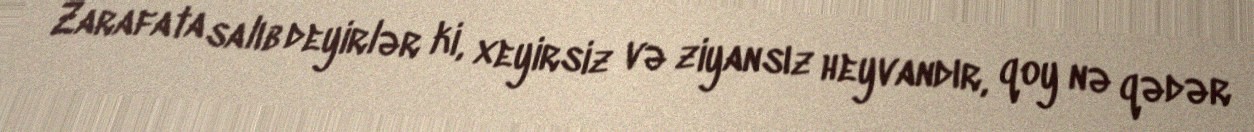
Zarafata salıb deyirlər ki, xeyirsiz və ziyansız heyvandır, qoy nə qədər